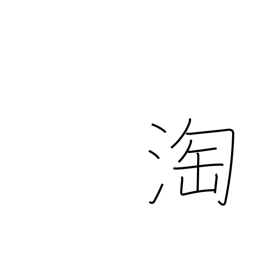
Meaning: select